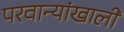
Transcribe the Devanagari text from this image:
परवान्यांखाली